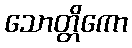
သောတ္တိကော